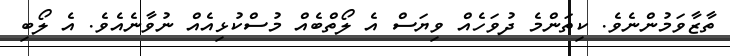
ތާޒާވަމުންނެވެ. ކިތަންމެ ދުވަހެއް ވިޔަސް އެ ލޯތްބެއް މުސްކުޅިއެއް ނުވާނެއެވެ. އެ ލޯބި